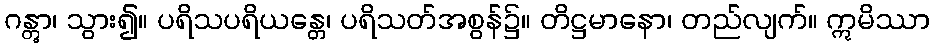
ဂန္တွာ၊ သွား၍။ ပရိသပရိယန္တေ၊ ပရိသတ်အစွန်၌။ တိဋ္ဌမာနော၊ တည်လျက်။ ဣမိဿာ